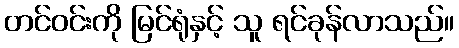
တင်ဝင်းကို မြင်ရုံနှင့် သူ ရင်ခုန်လာသည်။